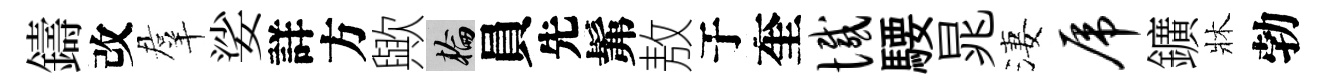
鑄改羣娑詳方歟輪員先髴敖于奎憾騕晁淒虎鑛牀勃